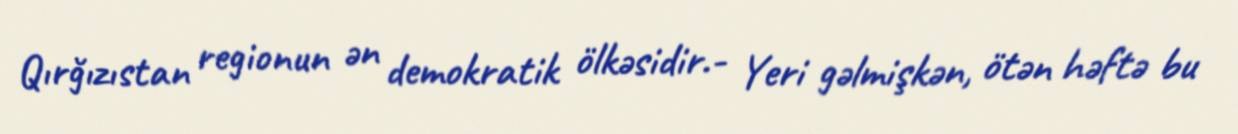
Qırğızıstan regionun ən demokratik ölkəsidir.- Yeri gəlmişkən, ötən həftə bu